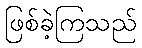
ဖြစ်ခဲ့ကြသည်